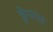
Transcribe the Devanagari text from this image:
ड्रेगन्स